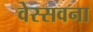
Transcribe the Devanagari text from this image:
वेस्सवना